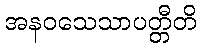
အနဝသေသာပတ္တီတိ